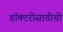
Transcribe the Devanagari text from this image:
डॉक्टरीसाठीची